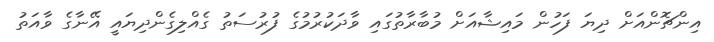
އިންޗޮންއަށް ދިޔަ ފަހުން މައިޝާއަށް މުބާރާތުގައި ވާދަކުރުމުގެ ފުރުސަތު ގެއްލިގެންދިޔައީ އޭނާގެ ވާއަތު